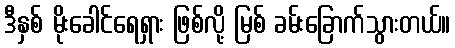
ဒီနှစ် မိုးခေါင်ရေရှား ဖြစ်လို့ မြစ် ခမ်းခြောက်သွားတယ်။